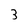
Character: 3